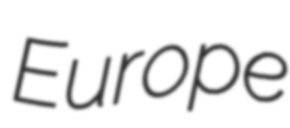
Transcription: Europe